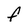
Character: F